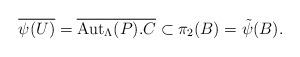
LaTeX: \begin{align*}\overline{\psi(U)} = \overline{\mathrm{Aut}_\Lambda(P). C} \subset \pi_2(B) = \tilde{\psi}(B).\end{align*}